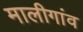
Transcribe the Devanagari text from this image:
मालीगांव